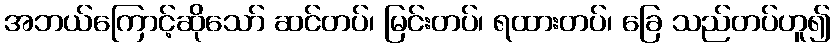
အဘယ်ကြောင့်ဆိုသော် ဆင်တပ်၊ မြင်းတပ်၊ ရထားတပ်၊ ခြေ သည်တပ်ဟူ၍